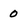
Character: 0